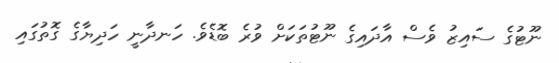
ނޫޓުގެ ސައިޒު ވެސް އާދައިގެ ނޫޓުތަކަށް ވުރެ ބޮޑެވެ. ހަނދާނީ ހަދިޔާގެ ގޮތުގައި